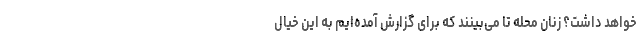
خواهد داشت؟ زنان محله تا می‌بینند که برای گزارش آمده‌ایم به این خیال